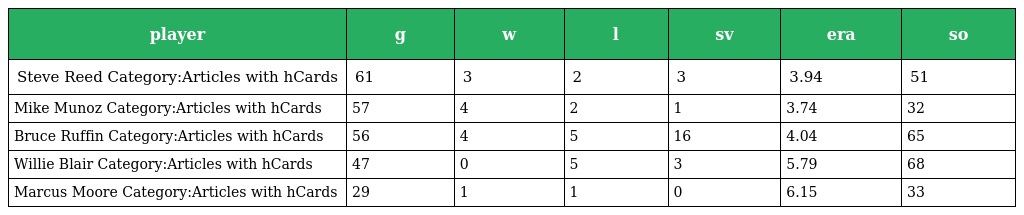
| player | g | w | l | sv | era | so |
 | --- | --- | --- | --- | --- | --- | --- |
 | Steve Reed Category:Articles with hCards | 61 | 3 | 2 | 3 | 3.94 | 51 |
 | Mike Munoz Category:Articles with hCards | 57 | 4 | 2 | 1 | 3.74 | 32 |
 | Bruce Ruffin Category:Articles with hCards | 56 | 4 | 5 | 16 | 4.04 | 65 |
 | Willie Blair Category:Articles with hCards | 47 | 0 | 5 | 3 | 5.79 | 68 |
 | Marcus Moore Category:Articles with hCards | 29 | 1 | 1 | 0 | 6.15 | 33 |